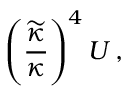
\left( { \frac { \widetilde { \kappa } } { \kappa } } \right) ^ { 4 } { \cal U } \, ,